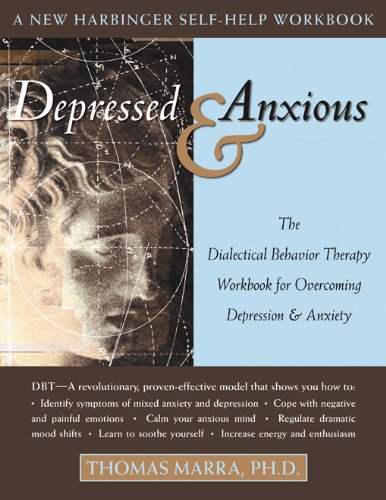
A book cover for Depressed and Anxious: The Dialectical Behavior Therapy Workbook for Overcoming Depression & Anxiety; Thomas Marra; Health, Fitness & Dieting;